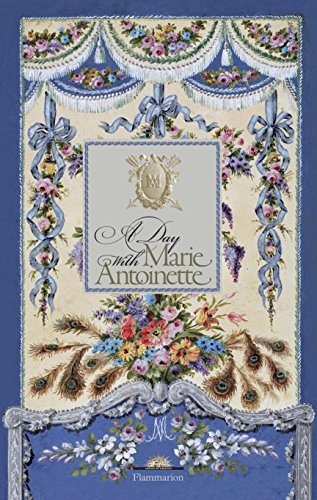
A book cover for A Day with Marie Antoinette (A Day at); HÃ©lÃ¨ne Delalex; Biographies & Memoirs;